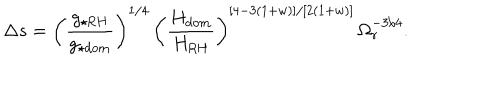
\Delta s = \left( \frac { g _ { \star \mathrm { R H } } } { g _ { \star \mathrm { d o m } } } \right) ^ { 1 / 4 } \, \left( \frac { H _ { \mathrm { d o m } } } { H _ { \mathrm { R H } } } \right) ^ { [ 4 - 3 ( 1 + w ) ] / [ 2 ( 1 + w ) ] } \, \Omega _ { r } ^ { - 3 / 4 } .